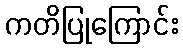
ကတိပြုကြောင်း